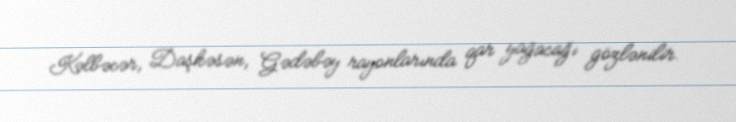
Kəlbəcər, Daşkəsən, Gədəbəy rayonlarında qar yağacağı gözlənilir.